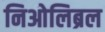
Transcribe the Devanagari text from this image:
निओलिब्रल